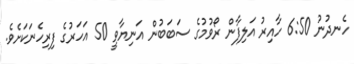
ހެނދުނު 6:50 ހާއިރު އަލިފާން ރޯވުމުގެ ސަބަބުން އަނިޔާވީ 50 އަހަރުގެ ފިރިހެނަކަށެވެ.